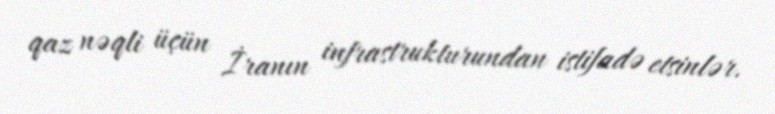
qaz nəqli üçün İranın infrastrukturundan istifadə etsinlər.